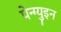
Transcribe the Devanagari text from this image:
पेन्ग्युइन